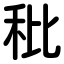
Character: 秕